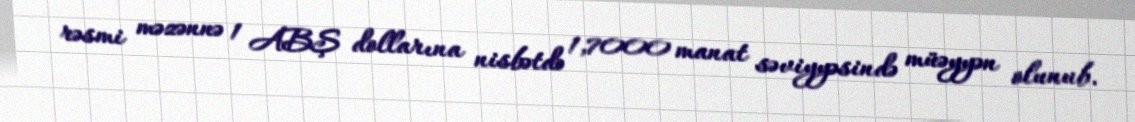
rəsmi məzənnə 1 ABŞ dollarına nisbətdə 1,7000 manat səviyyəsində müəyyən olunub.